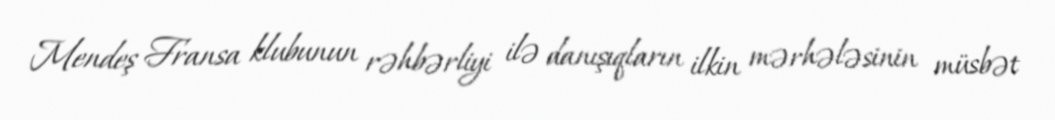
Mendeş Fransa klubunun rəhbərliyi ilə danışıqların ilkin mərhələsinin müsbət